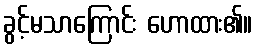
ခွင့်မသာကြောင်း ဟောထား၏။